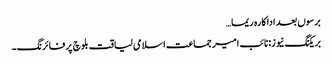
برسوں بعد اداکارہ ریما…
بریکنگ نیوز: نائب امیر جماعت اسلامی لیاقت بلوچ پر فائرنگ۔